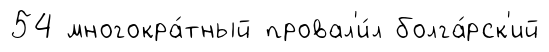
54 многокра́тный провал'и́л болга́рск'ий